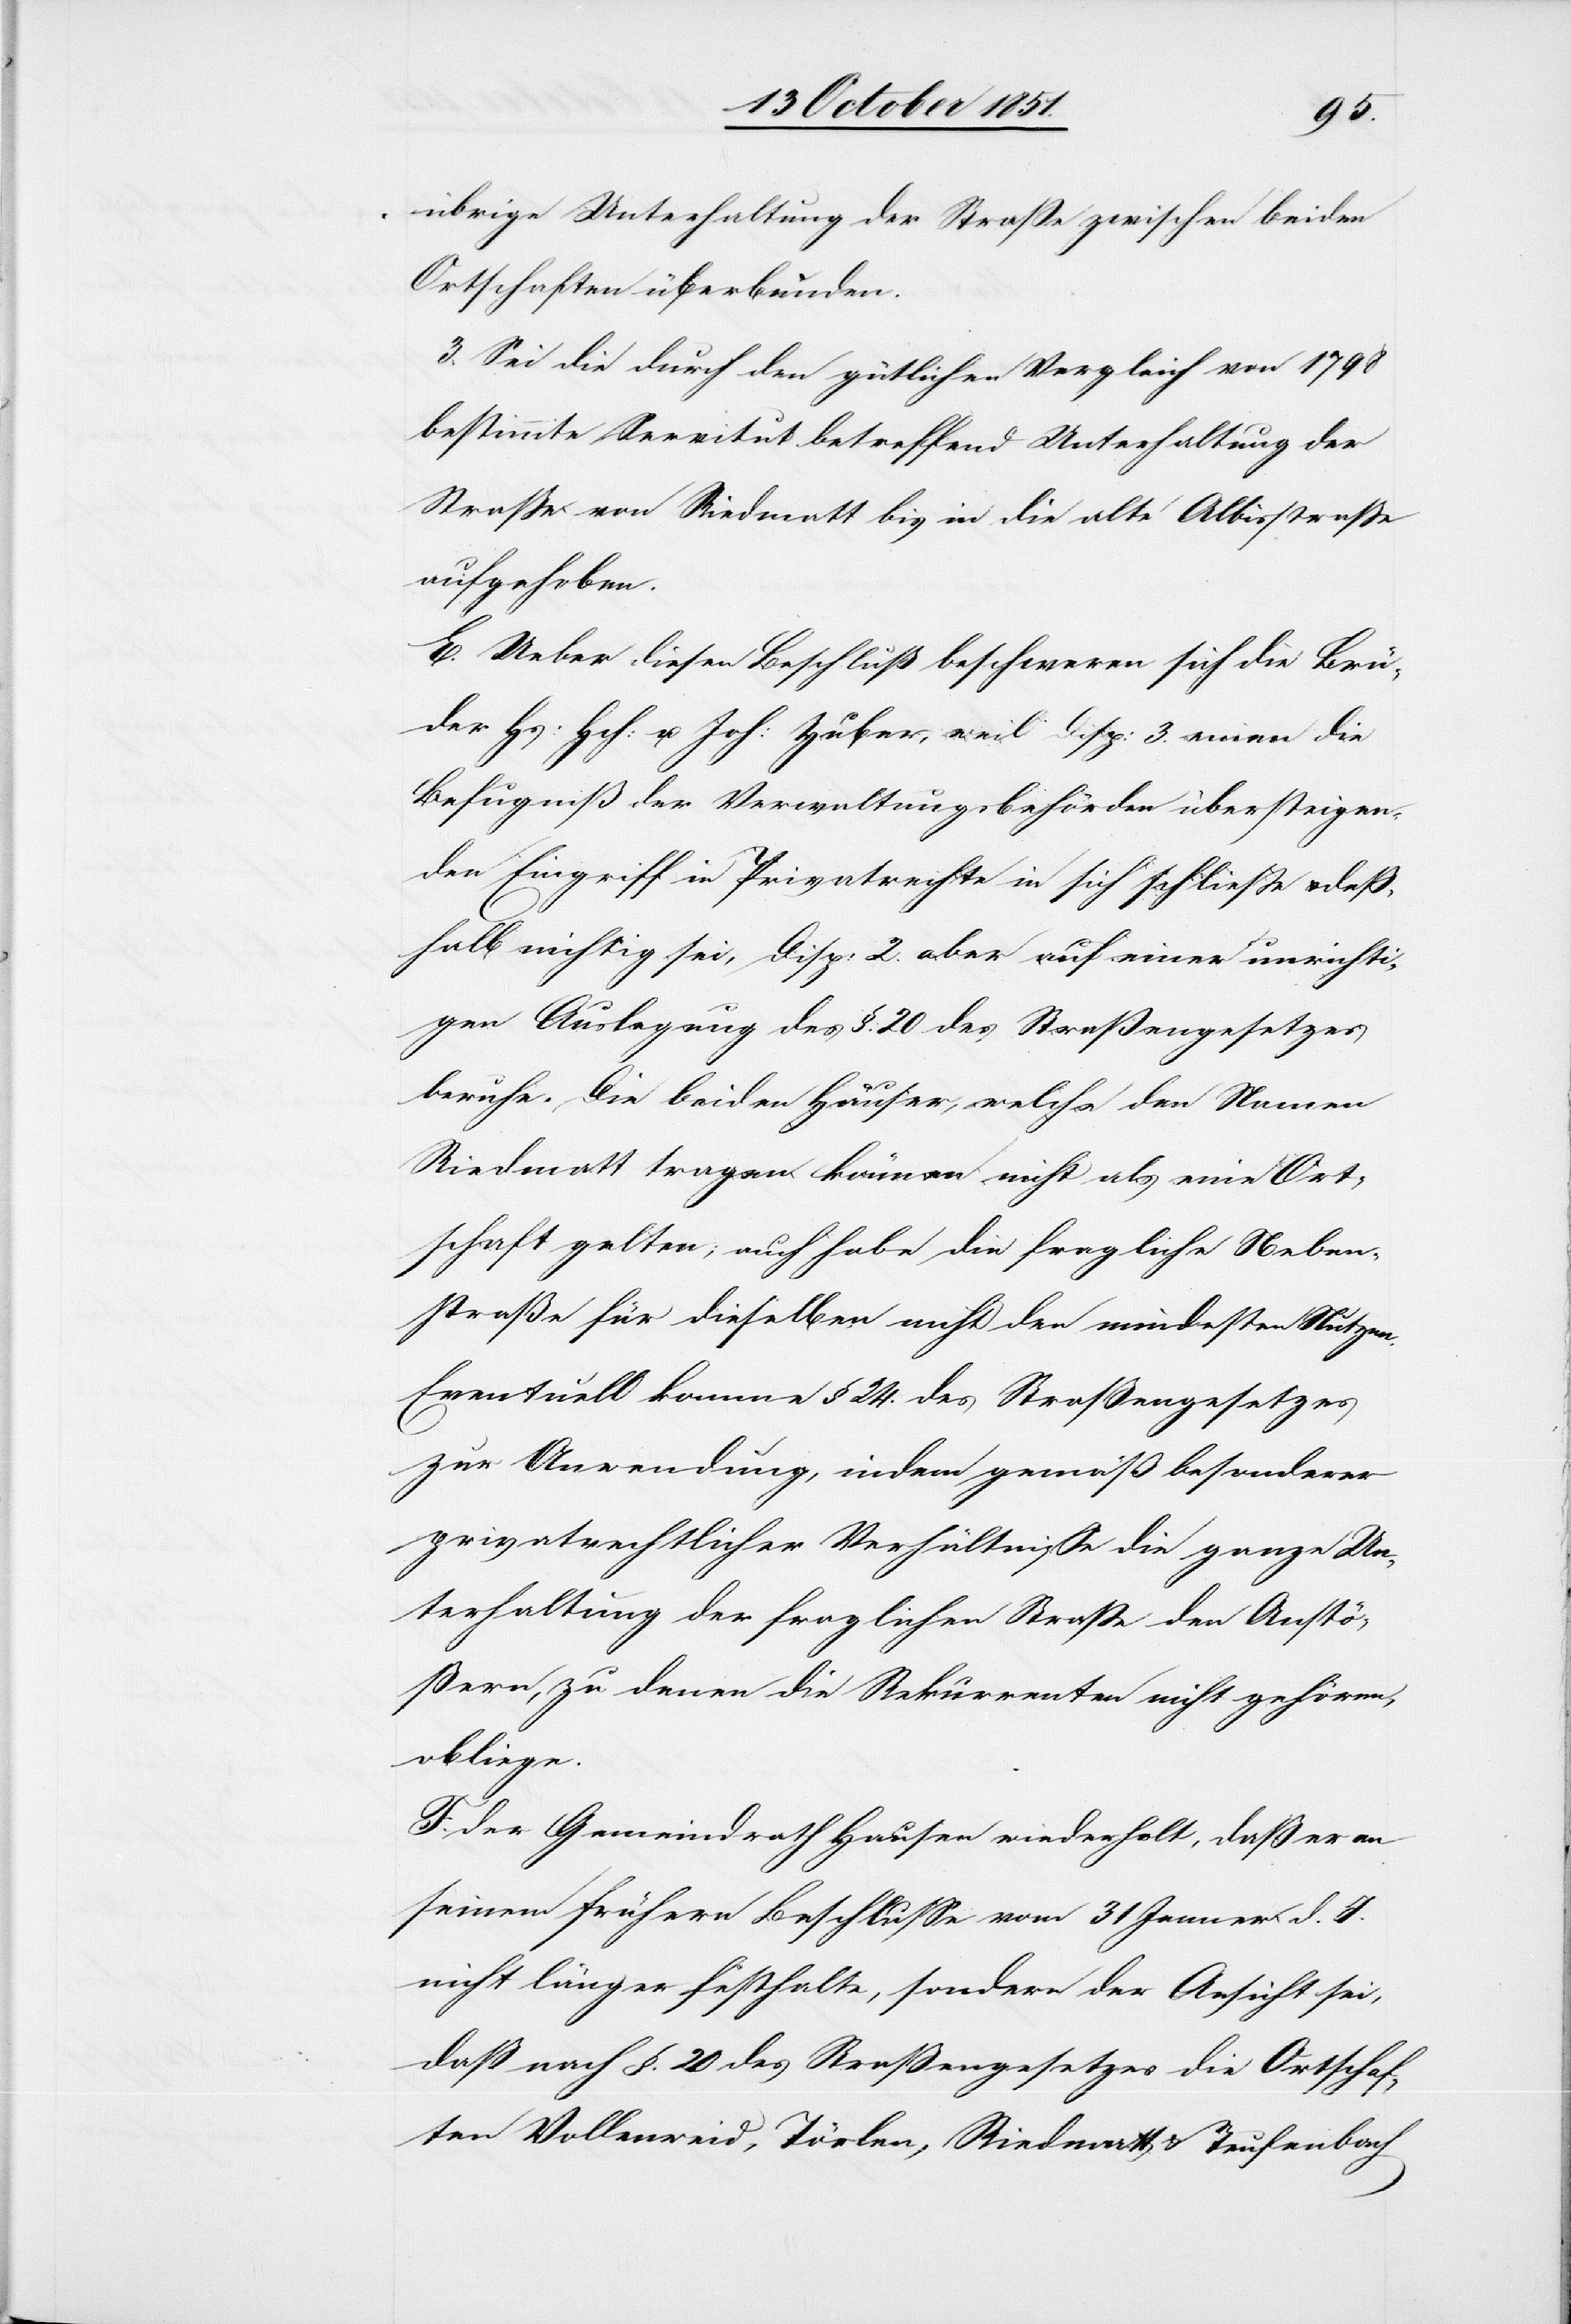
übrige Unterhaltung der Straße zwischen beiden
Ortschaften überbunden.
3. Sei die durch den gütlichen Vergleich von 1798
bestimmte Servitut betreffend Unterhaltung der
Straße von Riedmatt bis in die alte Albisstraße
aufgehoben.
E. Ueber diesen Beschluß beschweren sich die Brü¬
der Hs: Hch. u. Joh: Huber, weil Disp: 3 einen die
Befugniß der Verwaltungsbehörden übersteigen¬
den Eingriff in Privatrechte in sich schließe & deß¬
halb nichtig sei, Disp: 2. aber auf einer unrichti¬
gen Auslegung des §. 20 des Straßengesetzes
beruhe. Die beiden Häuser, welche den Namen
Riedmatt tragen können nicht als eine Ort¬
schaft gelten; auch habe die fragliche Neben¬
straße für dieselben nicht den mindesten Nutzen.
Eventuell komme § 24. des Straßengesetzes
zur Anwendung, indem gemäß besonderer
privatrechtlicher Verhältnisse die ganze Un¬
terhaltung der fraglichen Straße den Anstö¬
ßern, zu denen die Rekurrenten nicht gehören,
obliege.
F. Der Gemeindrath Hausen wiederholt, daß er an
seinem frühern Beschlusse vom 31 Jenner d. J.
nicht länger festhalte, sondern der Ansicht sei,
daß nach §. 20 des Straßengesetzes die Ortschaf¬
ten Vollenweid, Törlen, Riedmatt & Teufenbach